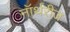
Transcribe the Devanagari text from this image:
नॉर्थरीज